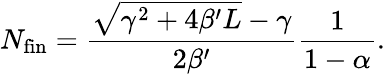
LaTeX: N_{\textnormal{fin}}=\frac{\sqrt{\gamma^{2}+4\beta^{\prime}L}-\gamma}{2\beta^{\prime}}\frac{1}{1-\alpha}.